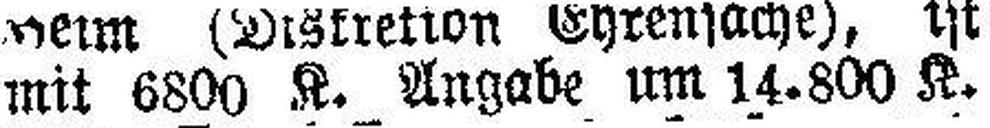
mit 6800 K. Angabe um 14.800 K.